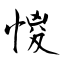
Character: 惾